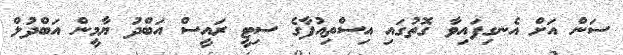
ސަން އަށް އެނގިފައިވާ ގޮތުގައި އިސްތިއުފާގެ ސިޓީ ރައީސް އަބްދު ޔާމީން އަބްދުލް